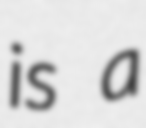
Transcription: is a